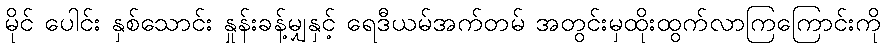
မိုင် ပေါင်း နှစ်သောင်း နှုန်းခန့်မျှနှင့် ရေဒီယမ်အက်တမ် အတွင်းမှထိုးထွက်လာကြကြောင်းကို